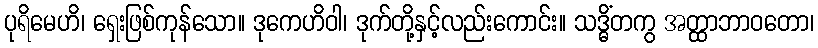
ပုရိမေဟိ၊ ရှေးဖြစ်ကုန်သော။ ဒုကေဟိဝါ၊ ဒုက်တို့နှင့်လည်းကောင်း။ သဒ္ဓိံတကွ အတ္ထာဘာဝတော၊